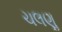
ચલણૢ